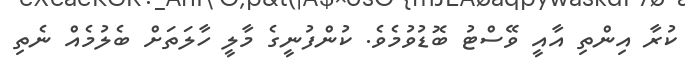
ކުރާ އިންތި އާއީ ވޭސްޓު ބޮޑުވުމެވެ. ކުންފުނީގެ މާލީ ހާލަތަށް ބެލުމެއް ނެތި